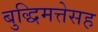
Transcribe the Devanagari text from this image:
बुद्धिमत्तेसह